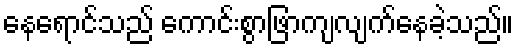
နေရောင်သည် ကောင်းစွာဖြာကျလျက်နေခဲ့သည်။